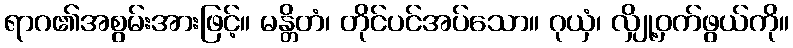
ရာဂ၏အစွမ်းအားဖြင့်။ မန္တိတံ၊ တိုင်ပင်အပ်သော။ ဂုယှံ၊ လျှို့ဝှက်ဖွယ်ကို။